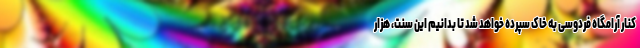
کنار آرامگاه فردوسی به خاک سپرده خواهد شد تا بدانیم این سنت، هزار